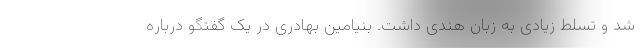
شد و تسلط زیادی به زبان هندی داشت. بنیامین بهادری در یک گفتگو درباره